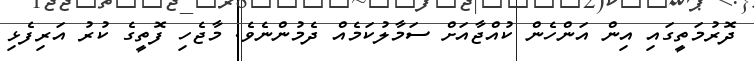
ދޮރުމަތީގައި އިން އަންހެން ކުއްޖާއަށް ސަމާލުކަމެއް ދެމުންނެވެ. މާޖެހި ފޮތީގެ ކުރު އަރިފެޅި